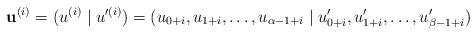
LaTeX: \begin{align*}\textbf{u}^{(i)}= (u^{(i)}\mid u'^{(i)})=(u_{0+i},u_{1+i},\dots,u_{\alpha-1+i}\mid u'_{0+i},u'_{1+i},\dots,u'_{\beta-1+i})\end{align*}